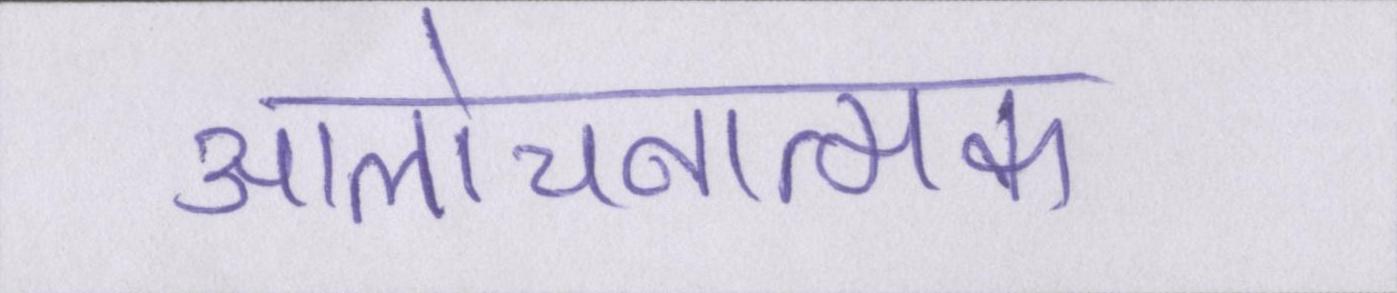
आलोचनात्मक